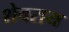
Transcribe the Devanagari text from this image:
शेवराय